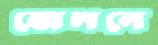
বোলনে